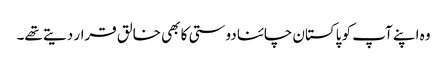
وہ اپنے آپ کو پاکستان چائنا دوستی کا بھی خالق قرار دیتے تھے۔